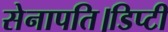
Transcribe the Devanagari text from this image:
सेनापति।डिप्टी